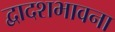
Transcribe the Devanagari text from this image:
द्वादशभावना